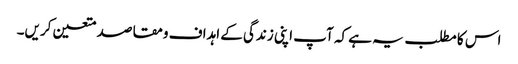
اس کا مطلب یہ ہے کہ آپ اپنی زندگی کے اہداف ومقاصد متعین کریں۔